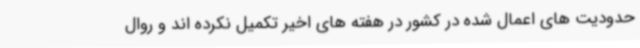
حدودیت های اعمال شده در کشور در هفته های اخیر تکمیل نکرده اند و روال